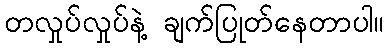
တလှုပ်လှုပ်နဲ့ ချက်ပြုတ်နေတာပါ။